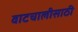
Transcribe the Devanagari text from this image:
वाटचालीसाठी